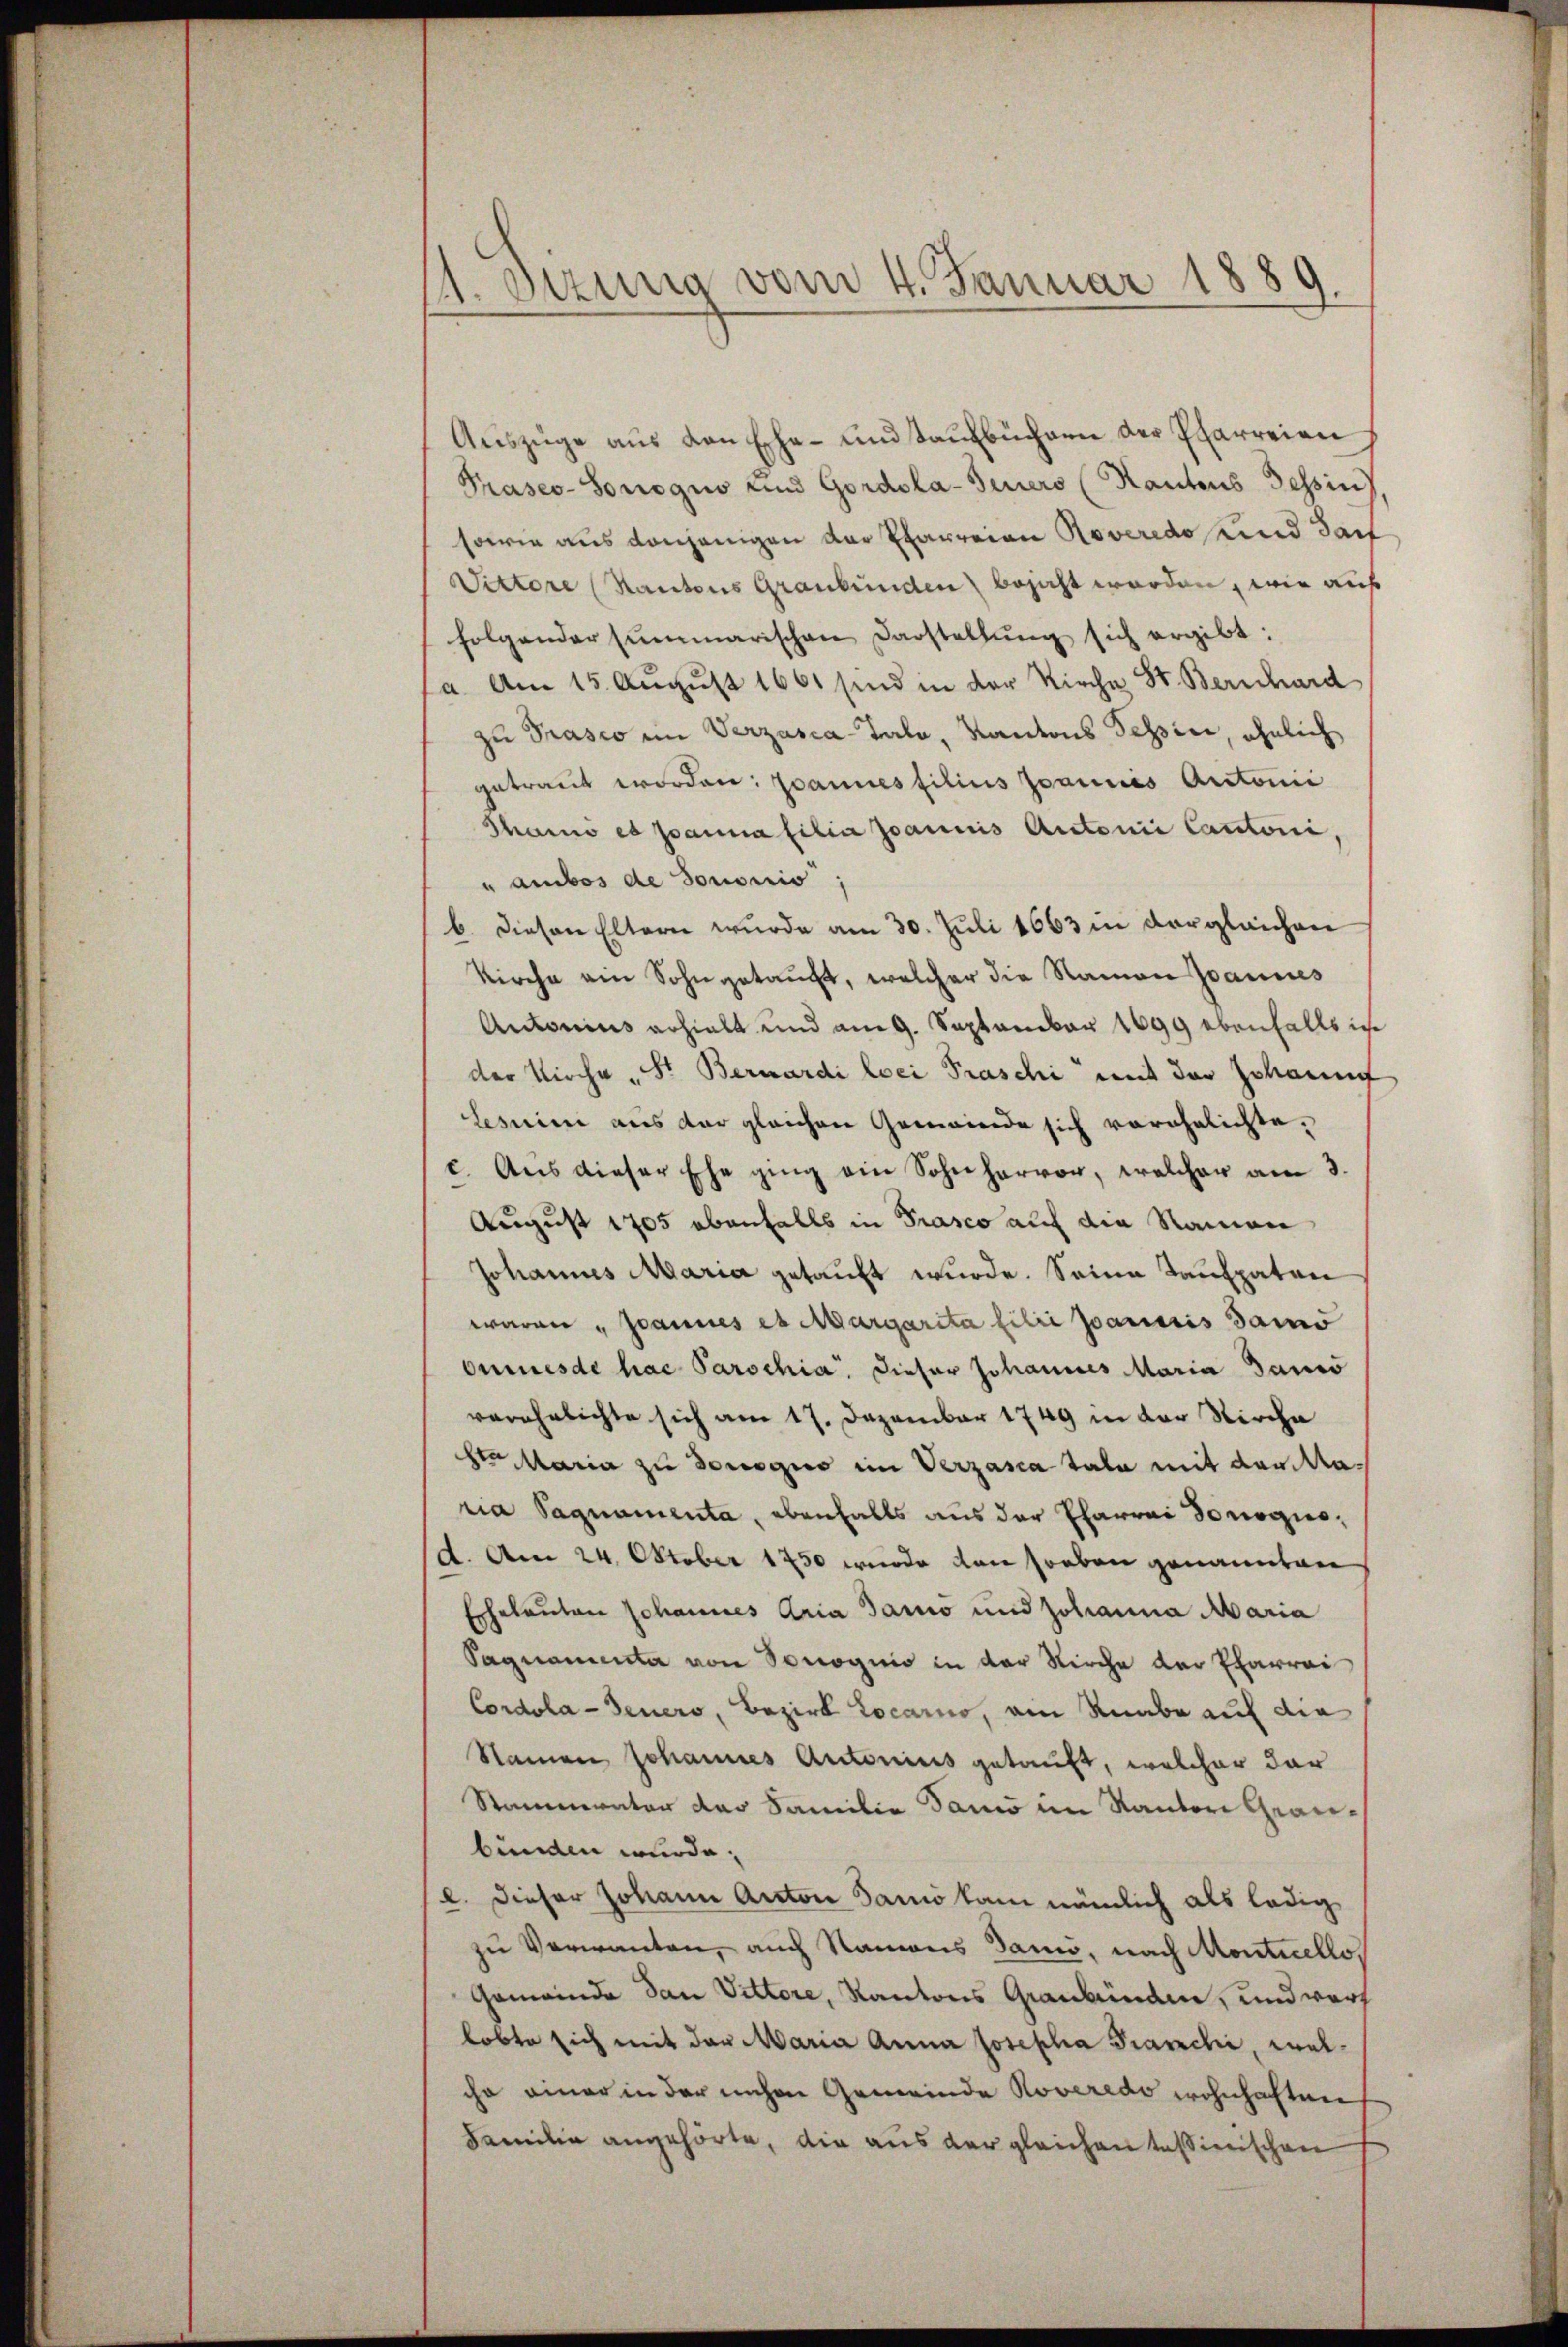
1. Dezung vom 4. Januar 1889

Aŭszüge aŭs den Ehe- und Kaŭfbüchern der Pfarreien
Praseo-Sonogus und Gordola-Feuers (Kantons Tessin
sowie aus denjenigen der Pfarreian Roveredo und darf
Vittore (Kantons Graubünden bejaht worden, wie auf
folgender summarischen Darstellŭng sich ergibt:
a. Am 15. August 1861 sind in der Kirche St. Bernhard
zu Prasco im Verzasca-Talo, Kantons Tessier, ähnlich
getraut worden: Joannes filius Joannes Antonić
Thanno es sanna filia Joannis Autorii Cantoni,
" ambos de sonoris;
b. Diesen Eltern wurde am 30. Juli 1663 in dergleichen
Kirche ein Sohn getaucht, welcher die Namen Janis
Autonius erhielt und am 9. September 1899 ebenfalls in
der Kirche Sr. Bernardi loci Praschi mit der Johann
Lesnim aus der gleichen Gemeinde sich verehelichte,
c. Aus dieser Ehe ging ein Sohn hervor, welcher am 3.
August 1705 ebenfalls in Prasco auf die Namen
Johannes Maria getauft wurde. Seine Taufpatare
waren „Joannes et Margarita filii Joannis damno
Omnesde hac Parschia. Dieser Johannes Maria Banco
verehelichte sich am 17. Dezember 1749 in der Kirche
St Maria zu denegio im Verzasca tala mit der Naria Sagnamenta, ebenfalls aus der Pfarrai Dorogiod. Am 24. Oktober 1850 wurde den soeben genannten
Eheleuten Johannes Aria Jaro und Johanna Maria
Sagnamenta von Sonognio in der Kirche der Pfarrei
Cordola - Genero, Bezirk Locarno, am Raabe auf die
Namen Johannes Autonius getauft, welcher dar
Stammvater das Familie dano im Kanton Graubunden wurde.
l. dieser Johann Anton Samo kam nämlich als ledig
zu Verwanten, auch Namens Janić, nach Montiello,
Gemeinde dan Vittore, Kantons Graubünden, und warf
lobte sich mit der Maria Anna Josepha Kranchi, welcha einer in der machen Gemeinde Noveredo wohnhaften
Familie angehörte, die aus der gleichen tasierischen